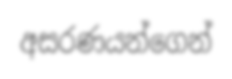
අසරණයන්ගෙන්